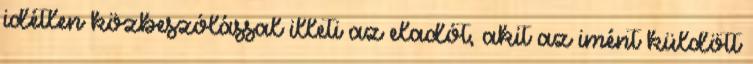
idétlen közbeszólással illeti az eladót, akit az imént küldött